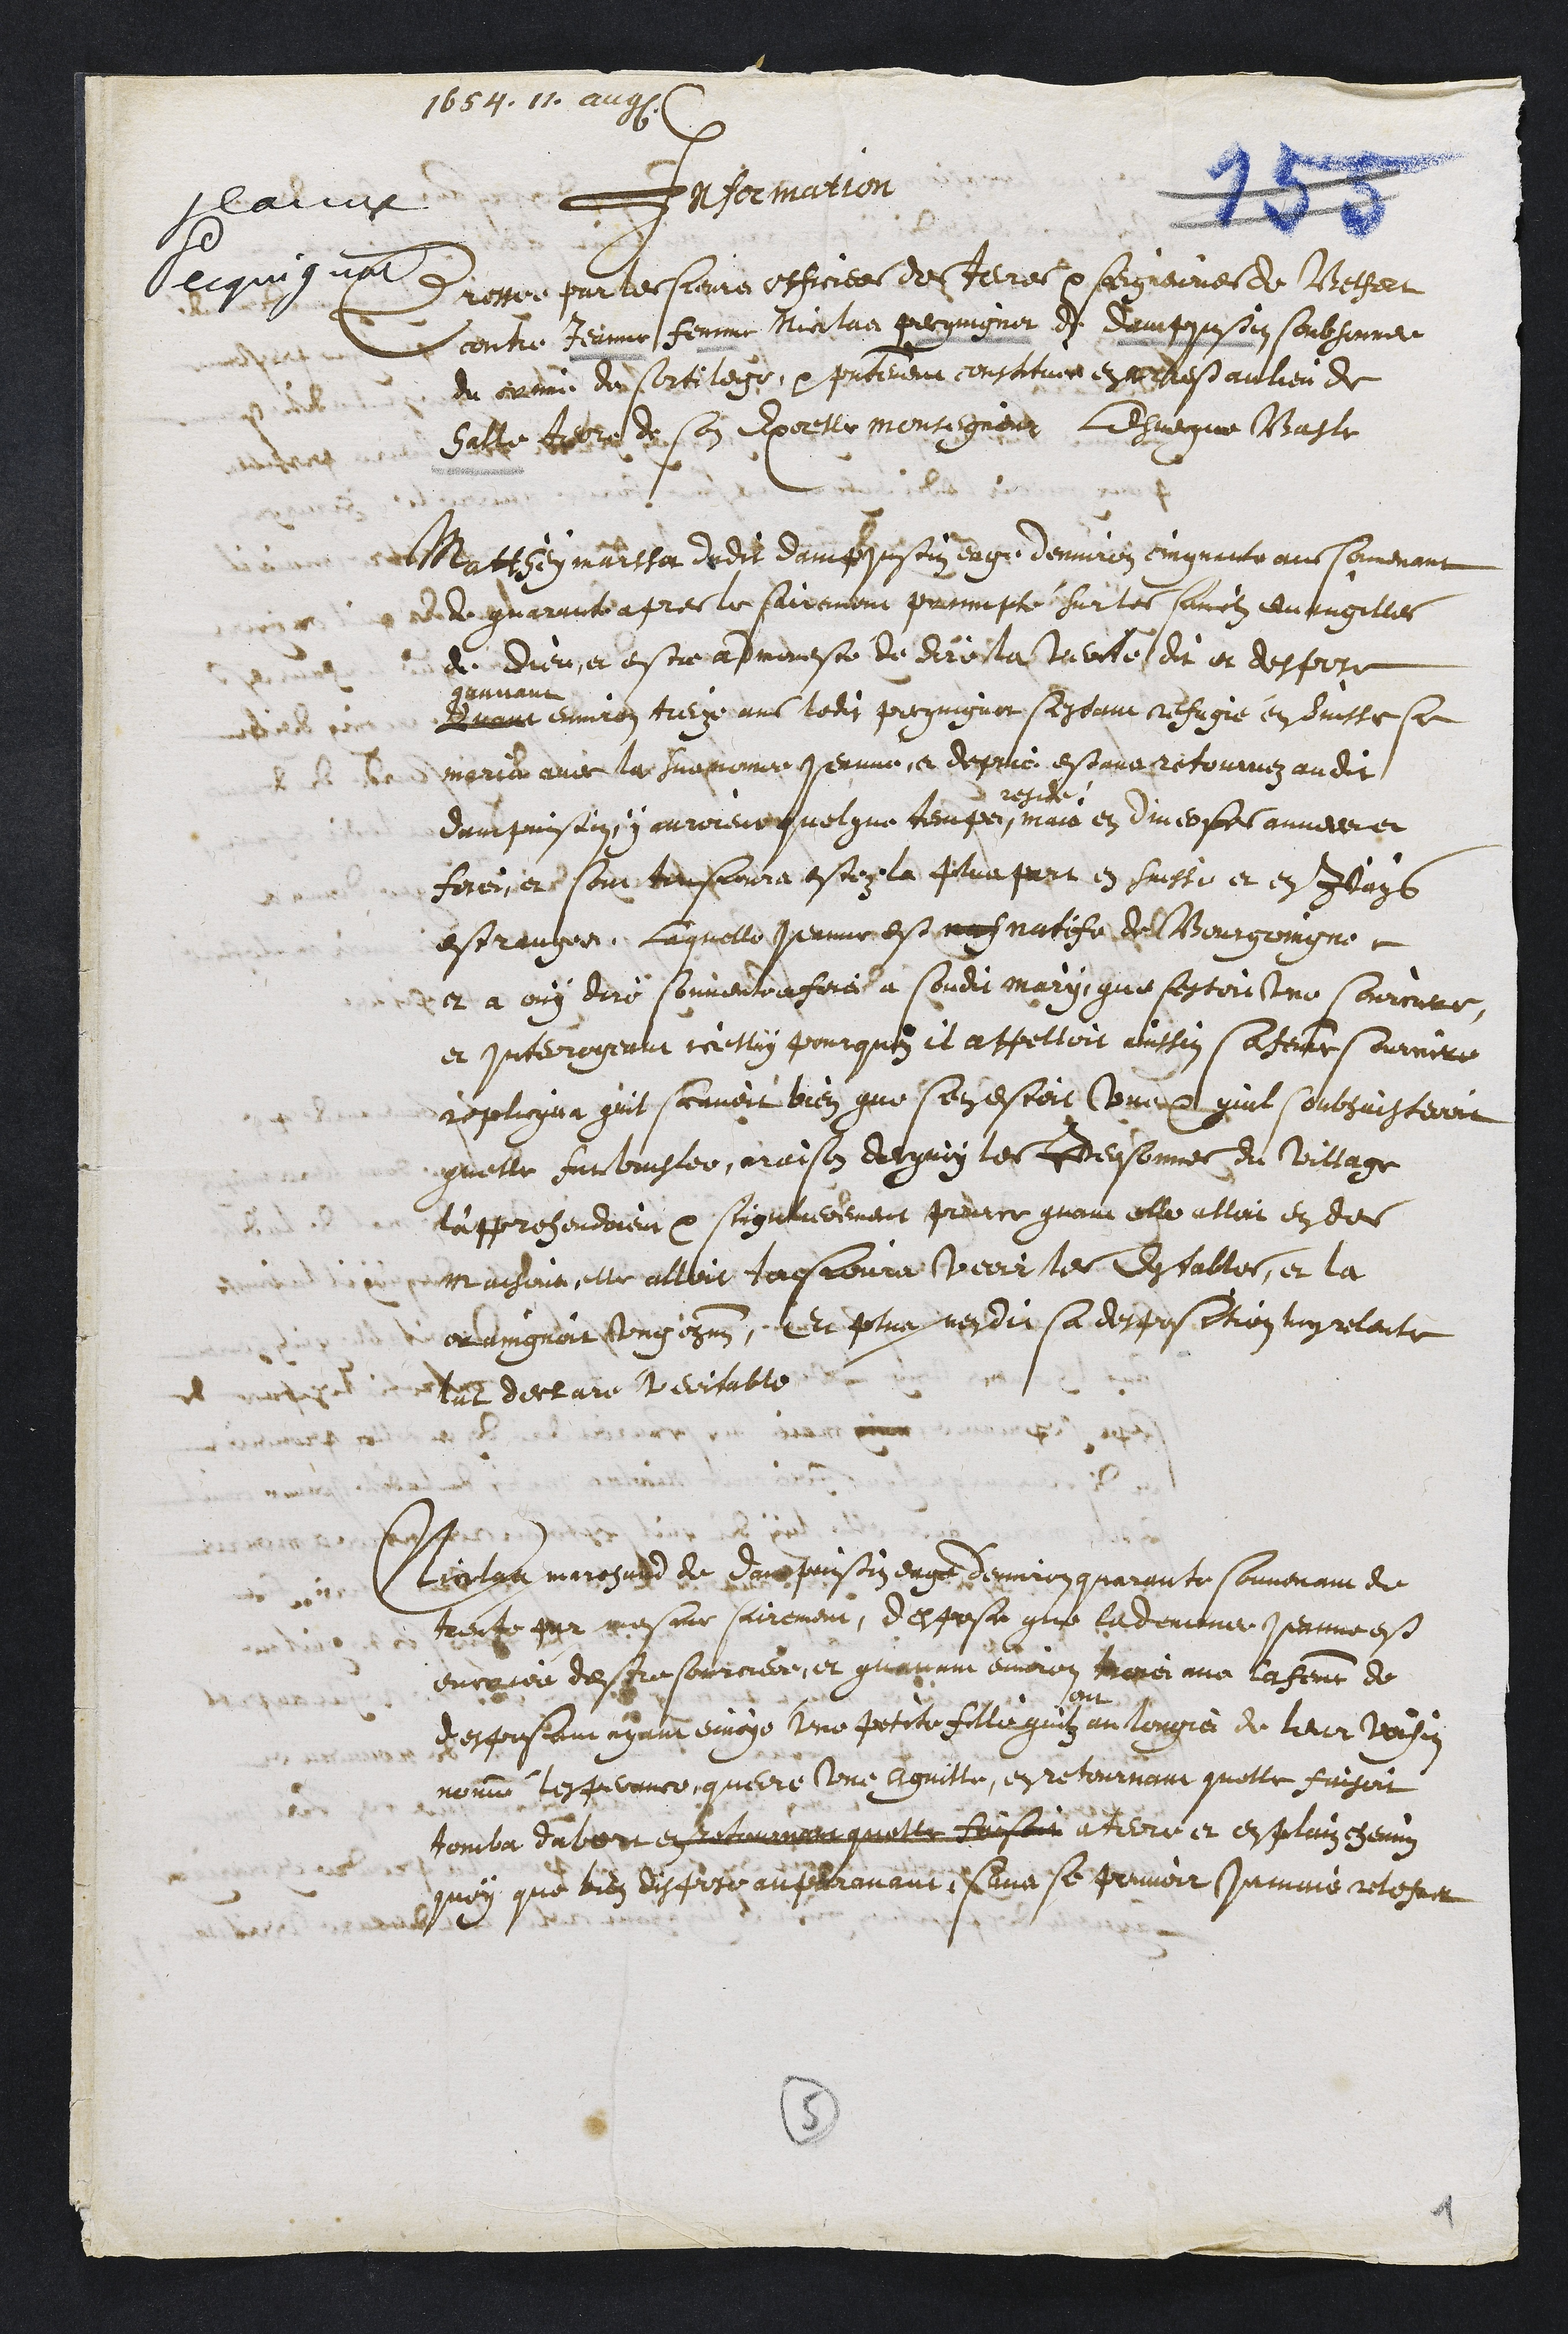
1654.11. august
Jeanne
Pecquignat
Information
Dresser par les sieurs officiees des teres et seigneuries de Belfort
contre Jeanne femme Nicolas Pecquignot de Dampjustin soubsonnee
du crime de sortilege et presentement constituee en arrest au lieu de
halle tere de son excellence monsegneur l’esvecque Basle
Matthey Marssot dudit Dampjustin eage d’environ cinquante ans souvenant
de quarante apres le sairement prompté sur les sainctz evangilles
de Dieu, et estre admonesté de dire la verité dit et despose
Quant
quavant
environ treize ans ledit Pecquignot s’estant refugié en Suisse se
maria avec la susnomme Jeanne et depuis estans retournez audit
Dampjustin y auroient quelque temps
reside
mais en diverses annees et
fois, et sont tousjours estez la plus part en Suisse et en pays
estranger. Laquelle Jeanne est natife de Bourgoingne
et a ouy dire souventefois a sondit mary, que s’estoit une sourciere,
et interogeant icelluy pourquoy il appelloit ainssin sa femme sourciere
replicqua qu’il scavoit bien que s’en estoit une et qu’il soubhaisteoit
qu’elle fut brusler, raison dequoy les personnes du village
l’apprehendoient et singulierement pour ce quant elle alloit en des
maisons, elle alloit tousjours veoir les estables et la
craingnoit ung chacun, et plus n’en dit sa desposition luy releute
l’at declare veritable.
Nicolas Marchand de Dampjustin eagé d’environ quarante souvenant de
trente par mesme sairement, despose que la denomée Jeanne est
encrié d’estre sourciere, et qu’avant environ trois ans la femme de
desposant ayant envoyé une petite fille qu’ilz ont au lougis de leur voisin
nommé Lesperence, quere une aguille, en retournant qu’elle faisoit
tomba d’abort en retournant quelle faisoit a tere et en plain chemin
quoy que bien disposé auparavant sans se pouvoir jamais relefver